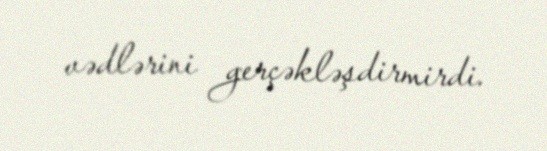
vədlərini gerçəkləşdirmirdi.